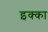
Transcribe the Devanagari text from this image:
इक्‍का